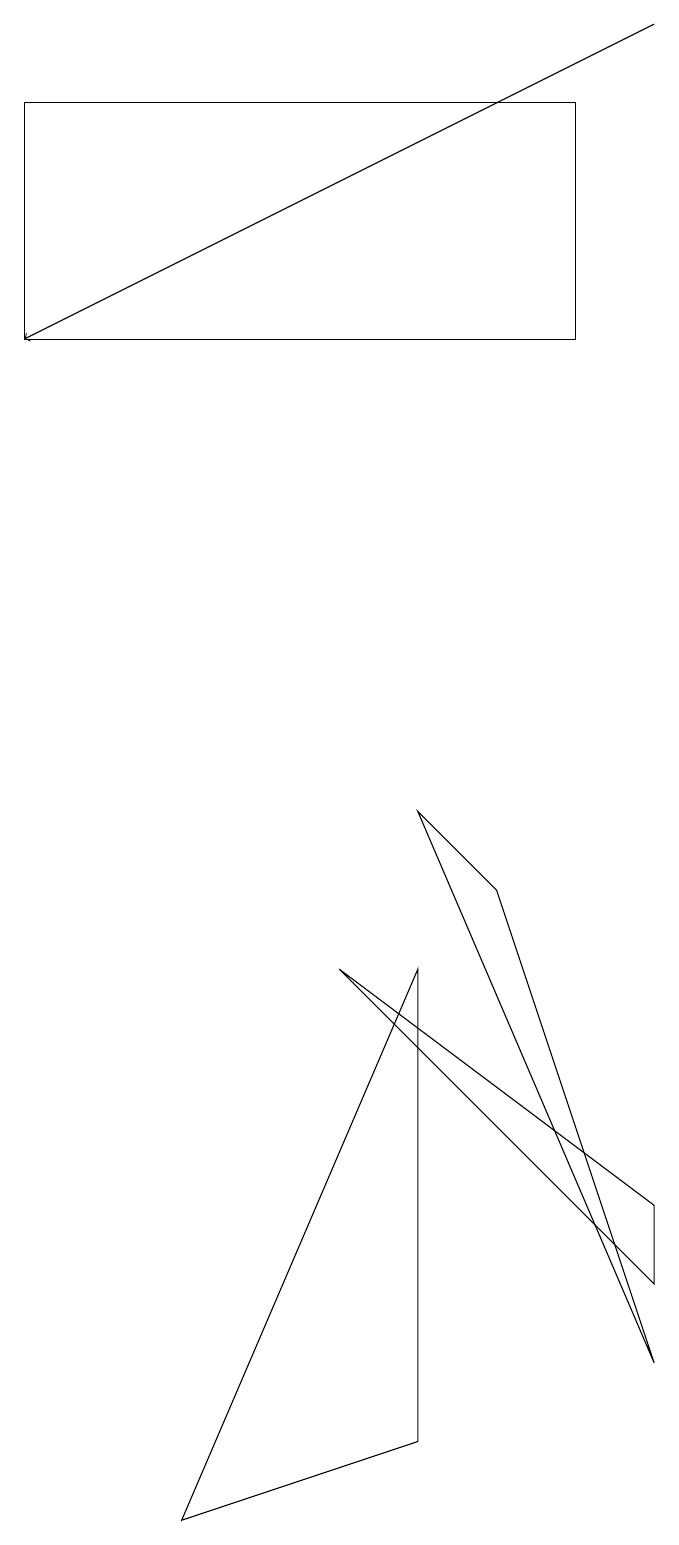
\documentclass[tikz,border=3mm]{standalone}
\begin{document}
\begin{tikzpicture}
\draw (2,0) -- (5,7) -- (5,1) -- cycle;
\draw[->] (8,19) -- (0,15);
\draw (0,18) rectangle (7,15);
\draw (8,3) -- (4,7) -- (8,4) -- cycle;
\draw (5,9) -- (8,2) -- (6,8) -- cycle;
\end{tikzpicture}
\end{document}